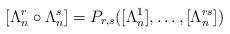
LaTeX: \begin{align*}[\Lambda^r_n \circ \Lambda^s_n] = P_{r,s}([\Lambda_n^1], \ldots, [\Lambda_n^{rs}])\end{align*}